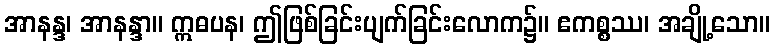
အာနန္ဒ၊ အာနန္ဒာ။ ဣဓပန၊ ဤဖြစ်ခြင်းပျက်ခြင်းလောက၌။ ဧကစ္စဿ၊ အချို့သော။